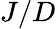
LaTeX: J/D